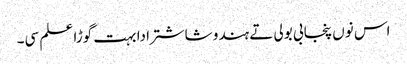
اس نوں پنجابی بولی تے ہندو شاشترا دا بہت گوڑا علم سی۔